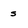
Character: s